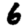
Digit: 6